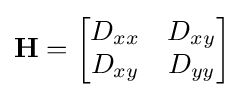
{\textbf {H}}={\begin{bmatrix}D_{xx}&D_{xy}\\D_{xy}&D_{yy}\end{bmatrix}}